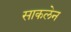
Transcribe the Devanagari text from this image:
साकलेन